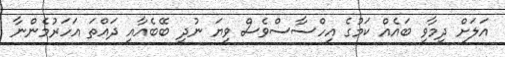
އަލަށް ދިމާވި ބައެއް ކަމުގެ އިހްސާސްވެސް ވިޔަ ނުދީ ބޭބެއާއި ދައްތަ އަހަރުމެންނާ